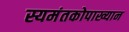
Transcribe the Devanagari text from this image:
स्यमंतकोपाख्यान